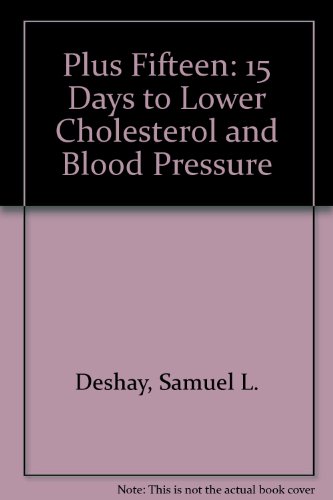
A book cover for Plus Fifteen: 15 Days to Lower Cholesterol and Blood Pressure; Samuel L. Deshay; Health, Fitness & Dieting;